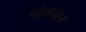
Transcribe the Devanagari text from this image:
पोज़नान